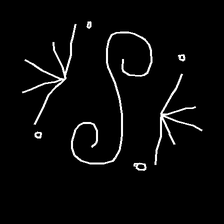
Glyph: aeroform